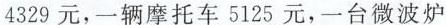
4329元，一辆摩托车5125元，一台微波炉